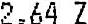
2.64 Z